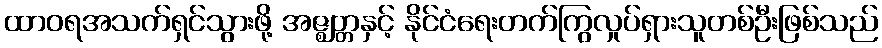
ထာဝရအသက်ရှင်သွားဖို့ အဇ္ဈတ္တနှင့် နိုင်ငံရေးတက်ကြွလှုပ်ရှားသူတစ်ဦးဖြစ်သည်